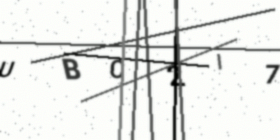
Text: UBC2I7